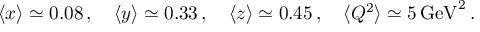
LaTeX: \langle x \rangle \simeq 0 . 0 8 \, , \quad \langle y \rangle \simeq 0 . 3 3 \, , \quad \langle z \rangle \simeq 0 . 4 5 \, , \quad \langle Q ^ { 2 } \rangle \simeq 5 \, \mathrm { G e V } ^ { 2 } \, .